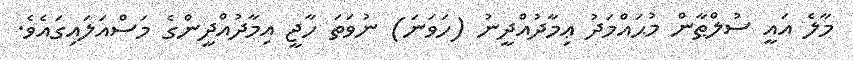
މާލެ އައީ ސުލްޠާން މުޙައްމަދު ޢިމާދުއްދީނު (ހަވަނަ) ނުވަތަ ހާޖީ އިމާދުއްދީންގެ މަސްއަލައިގައެވެ.